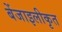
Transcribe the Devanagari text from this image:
बेंजाइलीकृत